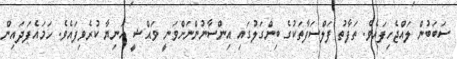
ސަބަބުން ލައްޖެހިފައެވެ. ތަފާތު ފަލްސަފާތަކުގެ ބިންގަލުގައި އިންސާނުންނަށްވަނީ ވަޙްޝީ އަނިޔާ ކުރެވިފައެވެ. ހަމައެފަދައިން